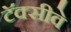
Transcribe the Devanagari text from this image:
टॅक्सीवे